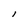
Character: l